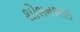
શોભનભાઈ